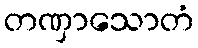
တဏှာသောတံ